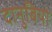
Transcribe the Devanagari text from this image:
दानुबियो